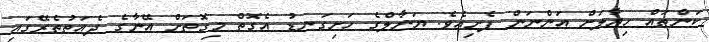
ކަންތައް ހިޔާލަށް އަންނަން ފެށިއެވެ. ޔަނާލްގެ ހަށިގަނޑު އެގޮތް މިގޮތަށް އޭނާގެ ދެއަތުތެރޭގައި